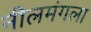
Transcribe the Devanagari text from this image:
नीलमंगला